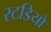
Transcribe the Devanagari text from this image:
स्टडियो